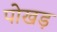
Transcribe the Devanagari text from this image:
पोखड़